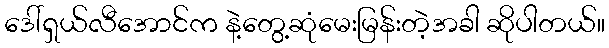
ဒေါ်ရှယ်လီအောင်က နဲ့တွေ့ဆုံမေးမြန်းတဲ့အခါ ဆိုပါတယ်။